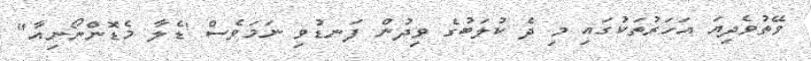
ވޭތުވެދިޔަ އަހަރުތަކުގައި މި ދެ ކުލަބުގެ ވިދުން ފަނޑުވި ނަމަވެސް 'ޑެލާ މެޑޮންނޯނިއާ"